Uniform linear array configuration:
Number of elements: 4
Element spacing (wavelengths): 0.75
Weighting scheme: exponential
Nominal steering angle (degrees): -30
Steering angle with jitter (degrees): -29.931
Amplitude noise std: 0.05
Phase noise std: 0.05

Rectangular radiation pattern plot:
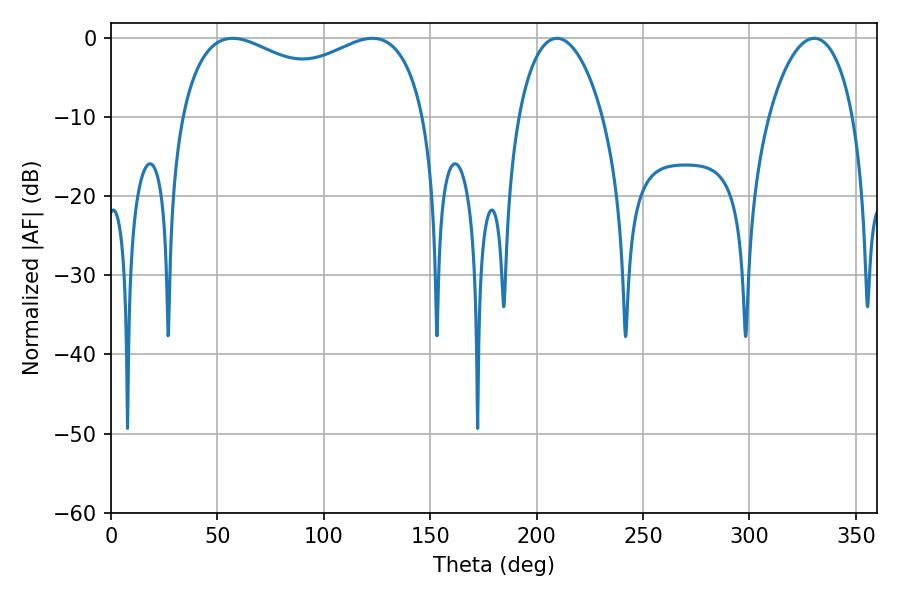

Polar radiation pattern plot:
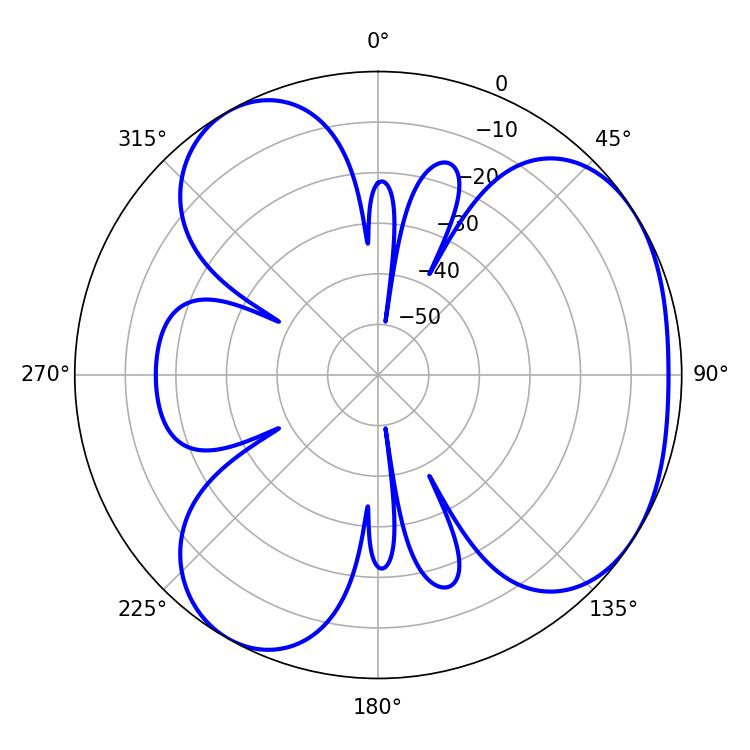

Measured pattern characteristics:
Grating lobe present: TRUE
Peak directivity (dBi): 4.177
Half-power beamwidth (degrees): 22.5
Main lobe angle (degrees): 209.52